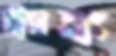
ট্র্যাঙ্ক